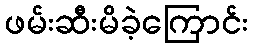
ဖမ်းဆီးမိခဲ့ကြောင်း